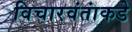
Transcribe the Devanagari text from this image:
विचारवंतांकडे